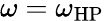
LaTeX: \omega=\omega_{\mathrm{HP}}